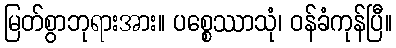
မြတ်စွာဘုရားအား။ ပစ္စေဿာသုံ၊ ဝန်ခံကုန်ပြီ။